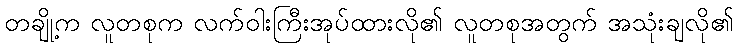
တချို့က လူတစုက လက်ဝါးကြီးအုပ်ထားလို၏ လူတစုအတွက် အသုံးချလို၏